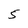
Character: 5